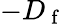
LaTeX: -D_{\mathrm{~f~}}